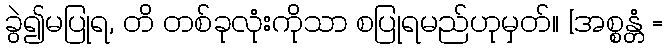
ခွဲ၍မပြုရ, တိ တစ်ခုလုံးကိုသာ စပြုရမည်ဟုမှတ်။ [အစ္စန္တံ =